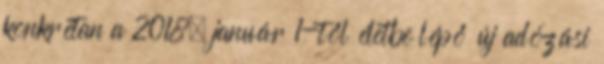
konkrétan a 2018. január 1-től életbe lépő új adózási